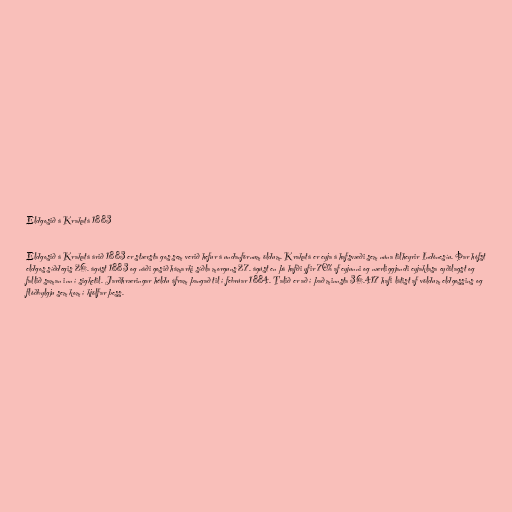
Eldgosið á Krakatá 1883

Eldgosið á Krakatá árið 1883 er stærsta gos sem verið hefur á undanförnum öldum. Krakatá er eyja á hafsvæði sem núna tilheyrir Indónesíu. Þar hófst
eldgos síðdegis 26. ágúst 1883 og náði gosið hámarki síðla morguns 27. ágúst en þá hafði yfir 70% af eyjunni og nærliggjandi eyjaklasa eyðilagst og
fallið saman inn í sigketil. Jarðhræringar héldu áfram þangað til í febrúar 1884. Talið er að í það minnsta 36.417 hafi látist af völdum eldgossins og
flóðbylgju sem kom í kjölfar þess.